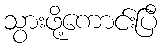
သွားဖို့ကောင်းပြီ